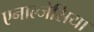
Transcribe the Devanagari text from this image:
एनाल्जेसिया